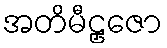
အတိမီဠှဇော